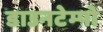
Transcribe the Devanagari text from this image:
डाउनटेम्पो